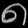
Digit: ၈